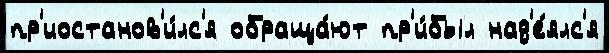
пр'иостанов'и́лс'я обраща́ют пр'и́был над'е́ялс'я